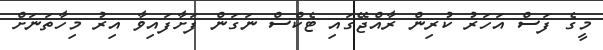
މީގެ ފަސް އަހަރު ކުރިން ރާއްޖޭގައި ޓެކްސް ނަގަން ފަށާފައިވާ އިރު މިހާތަނަށް